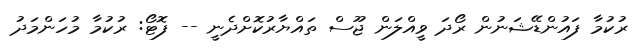
ރުކުމާ ފައުންޑޭޝަނުން ރޯދަ ވީއްލަން ޖޫސް ތައްޔާރުކޮށްދެނީ -- ފޮޓޯ: ރުކުމާ މުހަންމަދު